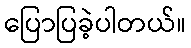
ပြောပြခဲ့ပါတယ်။